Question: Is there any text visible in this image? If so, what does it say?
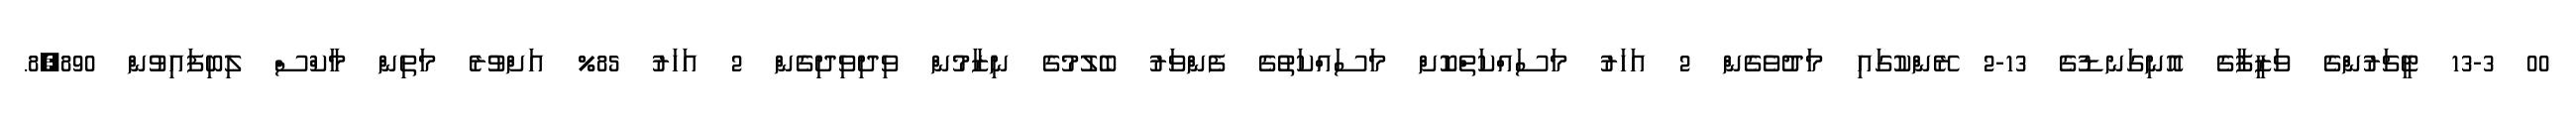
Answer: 00 13-3 ޓީޗަރުންގެ ވަޒީފާގެ އޮނިގަނޑުގެ 13-2 ރޭންކުގައި މަދުވެގެން 2 އަހަރު މަސައްކަތްކޮށް މަސައްކަތުގެ ފެންވަރު ބެލުމުގެ ނިޒާމުން ވިދިވިދިގެން 2 އަހަރު 85% އަށްވުރެ މަތިން މާކްސް ލިބިފައިވުން 8,890.